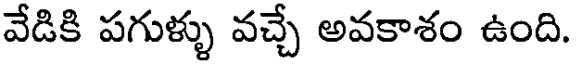
వేడికి పగుళ్ళు వచ్చే అవకాశం ఉంది.